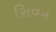
સિવન